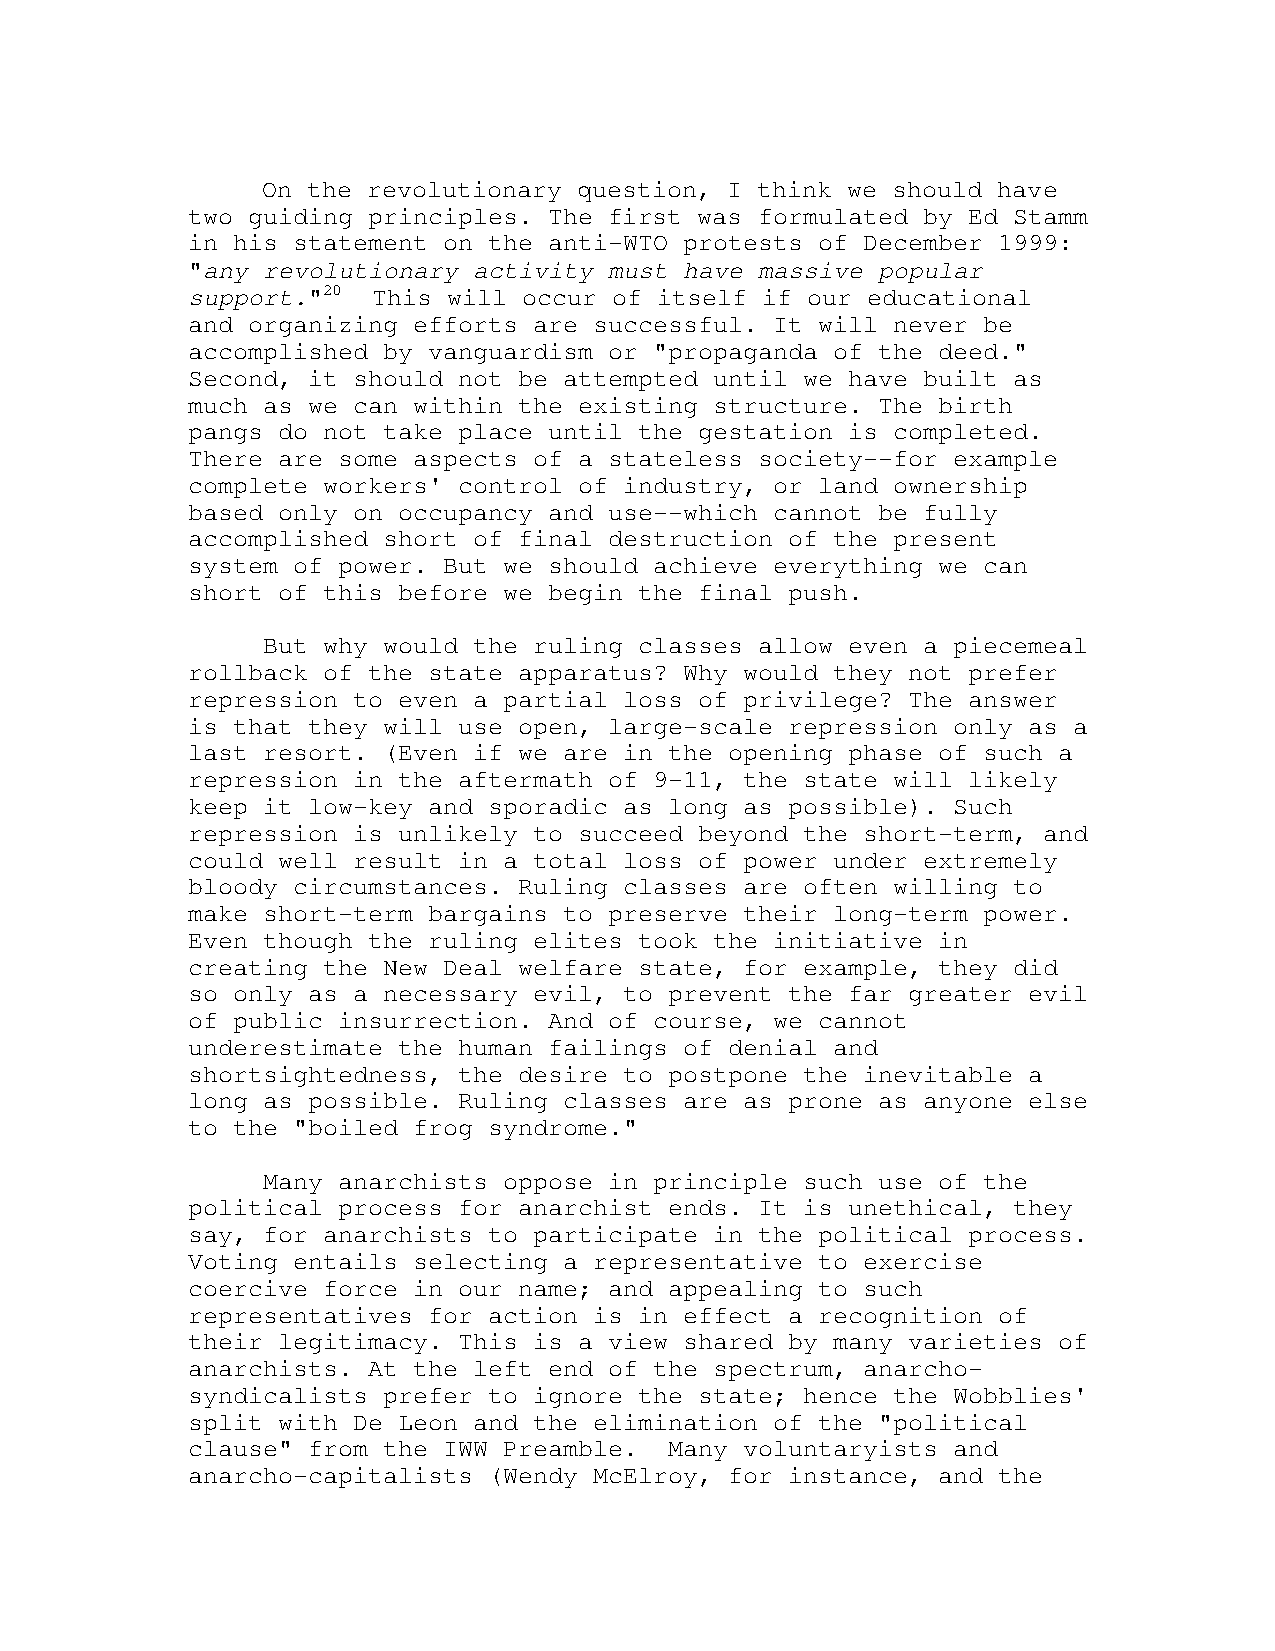
On the revolutionary question, I think we should have
 two guiding principles. The first was formulated by Ed Stamm
 in his statement on the anti-WTO protests of December 1999:
 "any revolutionary activity must have massive popular
 support."20  This will occur of itself if our educational
 and organizing efforts are successful. It will never be
 accomplished by vanguardism or "propaganda of the deed."
 Second, it should not be attempted until we have built as
 much as we can within the existing structure. The birth
 pangs do not take place until the gestation is completed.
 There are some aspects of a stateless society--for example
 complete workers' control of industry, or land ownership
 based only on occupancy and use--which cannot be fully
 accomplished short of final destruction of the present
 system of power. But we should achieve everything we can
 short of this before we begin the final push.
 But why would the ruling classes allow even a piecemeal
 rollback of the state apparatus? Why would they not prefer
 repression to even a partial loss of privilege? The answer
 is that they will use open, large-scale repression only as a
 last resort. (Even if we are in the opening phase of such a
 repression in the aftermath of 9-11, the state will likely
 keep it low-key and sporadic as long as possible). Such
 repression is unlikely to succeed beyond the short-term, and
 could well result in a total loss of power under extremely
 bloody circumstances. Ruling classes are often willing to
 make short-term bargains to preserve their long-term power.
 Even though the ruling elites took the initiative in
 creating the New Deal welfare state, for example, they did
 so only as a necessary evil, to prevent the far greater evil
 of public insurrection. And of course, we cannot
 underestimate the human failings of denial and
 shortsightedness, the desire to postpone the inevitable a
 long as possible. Ruling classes are as prone as anyone else
 to the "boiled frog syndrome."
 Many anarchists oppose in principle such use of the
 political process for anarchist ends. It is unethical, they
 say, for anarchists to participate in the political process.
 Voting entails selecting a representative to exercise
 coercive force in our name; and appealing to such
 representatives for action is in effect a recognition of
 their legitimacy. This is a view shared by many varieties of
 anarchists. At the left end of the spectrum, anarcho-
 syndicalists prefer to ignore the state; hence the Wobblies'
 split with De Leon and the elimination of the "political
 clause" from the IWW Preamble.  Many voluntaryists and
 anarcho-capitalists (Wendy McElroy, for instance, and the